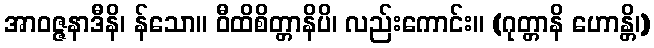
အာဝဇ္ဇနာဒီနိ၊ န်သော။ ဝီထိစိတ္တာနိပိ၊ လည်းကောင်း။ (ဂုတ္တာနိ ဟောန္တိ၊)